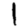
Digit: 1